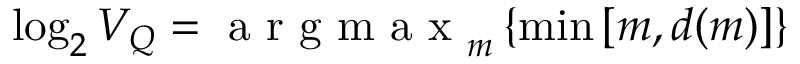
\displaystyle \log _ { 2 } V _ { Q } = \mathrm { ~ a ~ r ~ g ~ m ~ a ~ x ~ } _ { m } \left\{ \operatorname* { m i n } \left[ m , d ( m ) \right] \right\}